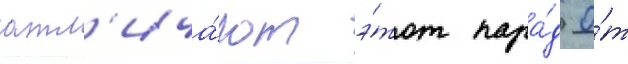
отл'ича́ют э́тот пара́д о́т